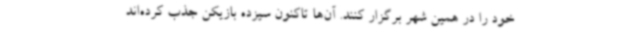
خود را در همین شهر برگزار کنند. آن‌ها تاکنون سیزده بازیکن جذب کرده‌اند